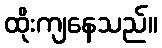
ထိုးကျနေသည်။